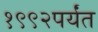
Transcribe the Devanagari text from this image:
१९९२पर्यंत